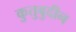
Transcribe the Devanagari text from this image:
कुतुबुदीन